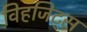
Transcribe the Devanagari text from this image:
विहजिट्स